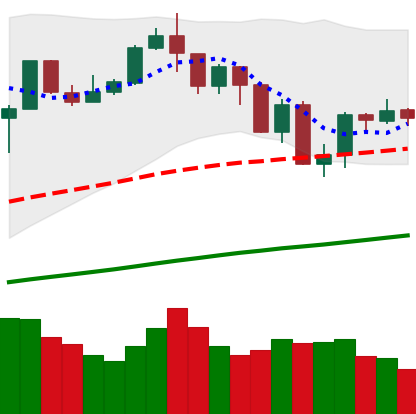
Ticker: BTC-USD
Chart end date: 2019-07-21
Forward return: -6.876%
Label: down_5_7